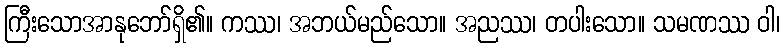
ကြီးသောအာနုဘော်ရှိ၏။ ကဿ၊ အဘယ်မည်သော။ အညဿ၊ တပါးသော။ သမဏဿ ဝါ၊